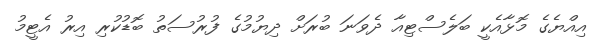
އިއްޔެގެ މޮޅާއެކީ ބަލެސްޓިއާ ދެވަނަ ބުރަށް ދިޔުމުގެ ފުރުސަތު ބޮޑުކުރި އިރު އެޓީމު